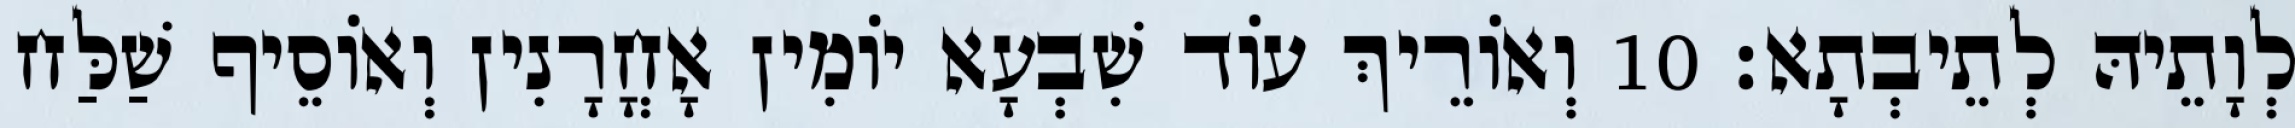
לְוָתֵיהּ לְתֵיבְתָא׃ 10 וְאוֹרֵיךְ עוֹד שִׁבְעָא יוֹמִין אָחֳרָנִין וְאוֹסֵיף שַׁלַּח